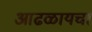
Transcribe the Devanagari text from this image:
आढळायचा